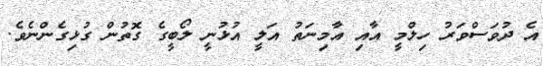
އެ ދުވަސްވަރު ހިލްމީ އާއި އާމިނަތު އަލީ އުޅުނީ ލޯބީގެ ގޮތުން ގުޅިގެންނެވެ.